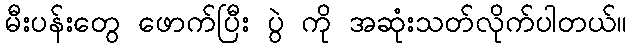
မီးပန်းတွေ ဖောက်ပြီး ပွဲ ကို အဆုံးသတ်လိုက်ပါတယ်။